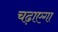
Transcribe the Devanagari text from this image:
चढ़ाएगा